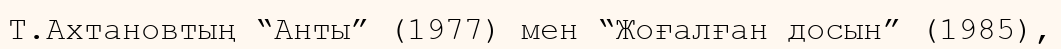
Т.Ахтановтың “Анты” (1977) мен “Жоғалған досын” (1985),